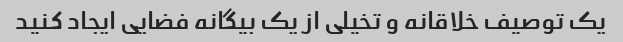
یک توصیف خلاقانه و تخیلی از یک بیگانه فضایی ایجاد کنید